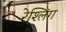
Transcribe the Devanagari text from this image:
रेश्लिंग